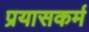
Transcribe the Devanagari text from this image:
प्रयासकर्म